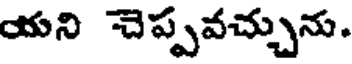
యని చెప్పవచ్చును.